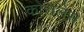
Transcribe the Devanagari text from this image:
कोरालेस